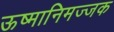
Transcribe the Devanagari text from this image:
ऊष्मानिमज्जक